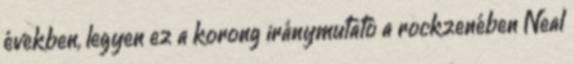
években, legyen ez a korong iránymutató a rockzenében Neal